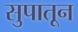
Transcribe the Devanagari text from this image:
सुपातून